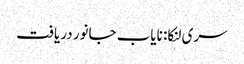
سری لنکا: نایاب جانور دریافت